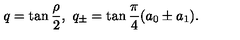
q = \tan \frac { \rho } { 2 } , \ q _ { \pm } = \tan \frac { \pi } { 4 } ( a _ { 0 } \pm a _ { 1 } ) .